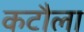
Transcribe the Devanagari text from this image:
कटौला